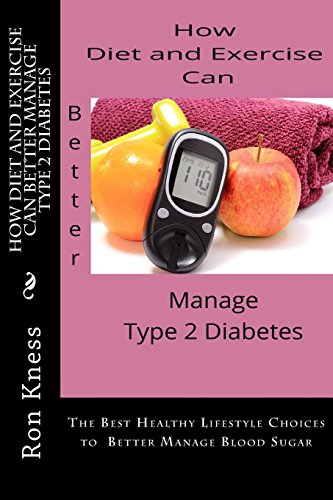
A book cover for How Diet and Exercise Can Better Manage Type 2 Diabetes: The Best Healthy Lifestyle Choices to  Better Manage Blood Sugar; Mr. Ron Kness; Health, Fitness & Dieting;